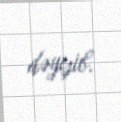
dəyişib.